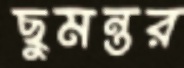
ছুমন্তর